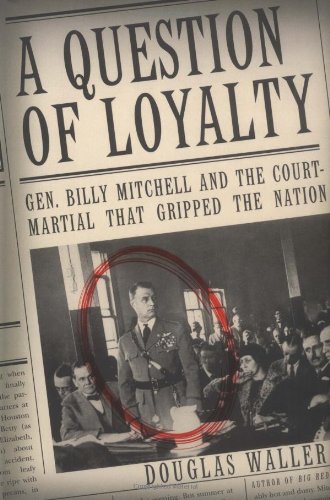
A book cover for A Question of Loyalty: Gen. Billy Mitchell and the Court-Martial That Gripped the Nation; Douglas Waller; Law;